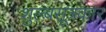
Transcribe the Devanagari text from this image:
शुल्बसूत्रकार